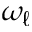
\omega _ { \ell }